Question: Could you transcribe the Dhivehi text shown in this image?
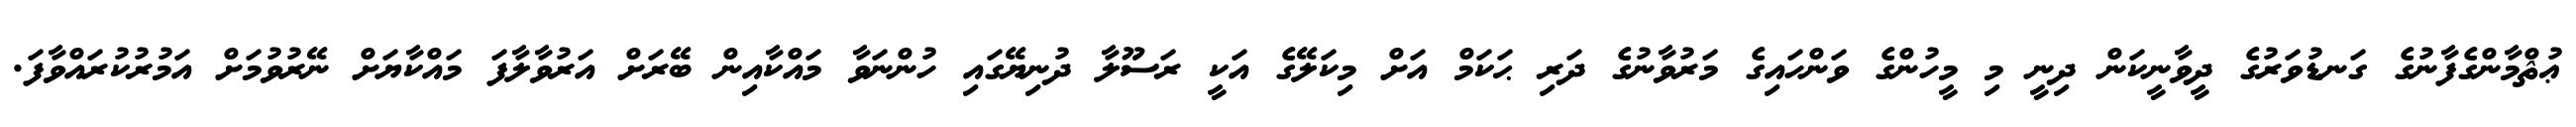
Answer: ޢުޘްމާންގެފާނުގެ ގަނޑުވަރުގެ ދީވާނީކަން ދިނީ މި މީހުންގެ ވަންހައިގެ މަރުވާނުގެ ދަރި ޙަކަމް އަށް މިކަލޭގެ އަކީ ރަސޫލާ ދުނިޔޭގައި ހުންނަވާ މައްކާއިން ބޭރަށް އަރުވާލާފަ މައްކާޔަށް ނޭރުވުމަށް އަމުރުކުރައްވާފަ.